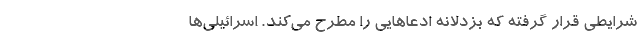
شرایطی قرار گرفته که بزدلانه ادعاهایی را مطرح می‌کند. اسرائیلی‌ها